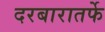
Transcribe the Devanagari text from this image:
दरबारातर्फे